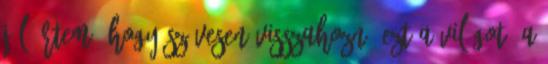
Jól értem, hogy szívesen visszahozná ezt a világot? A